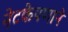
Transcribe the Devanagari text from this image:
नेटकेपणाने